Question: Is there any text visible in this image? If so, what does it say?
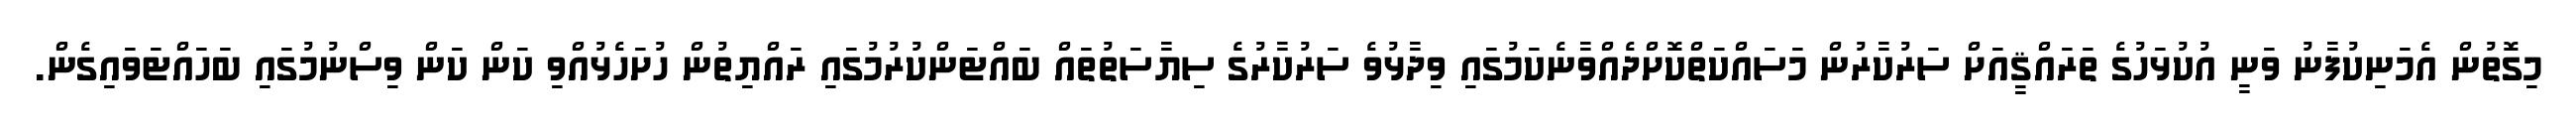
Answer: މިގޮތުން އެމަނިކުފާނު ވަނީ އުކުޅަހުގެ ތަރައްޤީއަށް ސަރުކާރުން މަސައްކަތްކޮށްދެއްވާނެކަމުގައި ވިދާޅުވެ ސަރުކާރުގެ ސިޔާސަތުތައް ބައްޓަންކުރުމުގައި ރައްޔިތުން ހުށަހެޅުއްވި ކަން ކަން ވިސްނުމުގައި ބަހައްޓަވައިގެން.